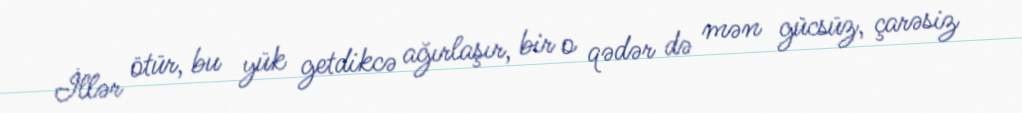
İllər ötür, bu yük getdikcə ağırlaşır, bir o qədər də mən gücsüz, çarəsiz